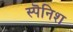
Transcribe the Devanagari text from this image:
स्पॆनिश